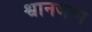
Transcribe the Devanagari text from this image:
श्वानजन्म